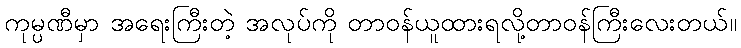
ကုမ္ပဏီမှာ အရေးကြီးတဲ့ အလုပ်ကို တာဝန်ယူထားရလို့တာဝန်ကြီးလေးတယ်။